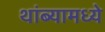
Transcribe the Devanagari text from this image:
थांब्यामध्ये